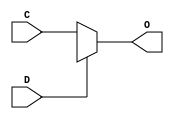
module _DC(O,C,D);
	output O;
	input C,D;
	assign O = D?1'bx:C;
endmodule